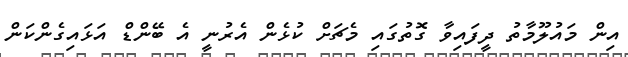
އިން މައުލޫމާތު ދީފައިވާ ގޮތުގައި މެޗަށް ކުޅެން އެރުނީ އެ ބޭންޑް އަޅައިގެންކަން